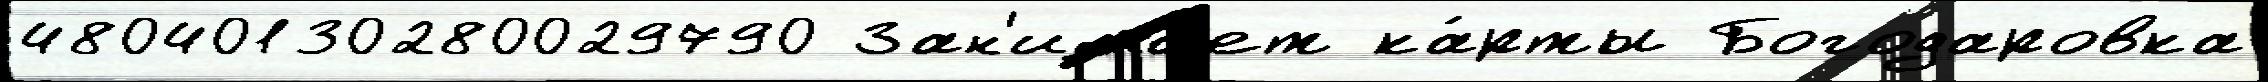
48040130280029790 Зан'има́ет ка́рты Богодаровка